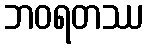
ဘဝရတဿ